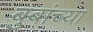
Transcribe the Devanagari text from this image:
बुबांच्या